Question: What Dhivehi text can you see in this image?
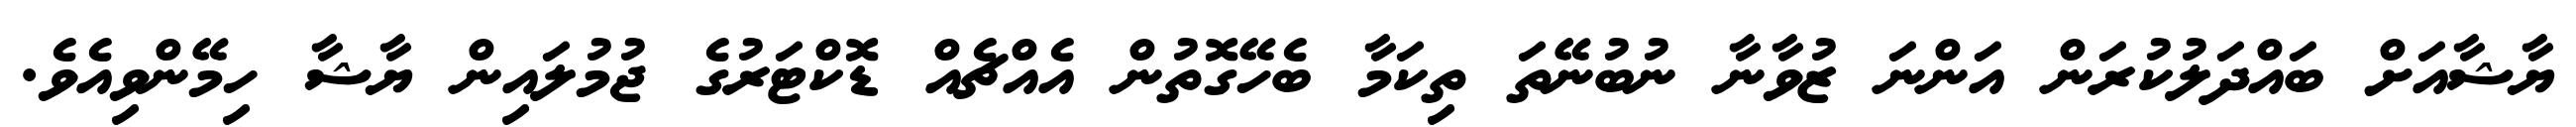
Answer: ޔާޝާއަށް ބައްދަލުކުރަން އަންނަ ޒުވާނާ ނުބުނޭތަ ތިކަމާ ބެހޭގޮތުން އެއްޗެއް ޑޮކްޓަރުގެ ޖުމުލައިން ޔާޝާ ހިމޭންވިއެވެ.